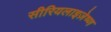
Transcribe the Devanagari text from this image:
सीरियलाइज़ेष्ण